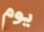
يوم